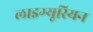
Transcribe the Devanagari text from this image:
लाइग्यूरियन